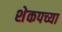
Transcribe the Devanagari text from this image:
शेकपच्या